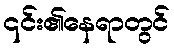
၎င်း၏နေရာတွင်